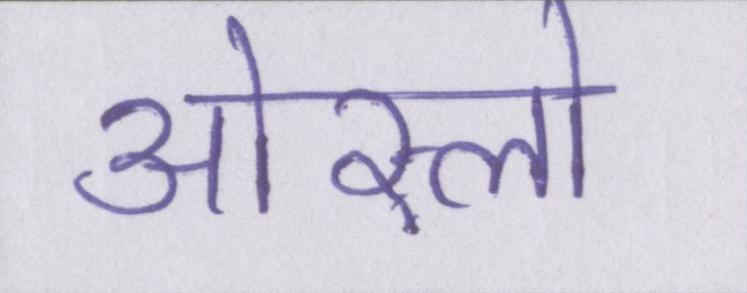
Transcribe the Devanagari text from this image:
ओस्लो